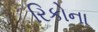
રિકોના